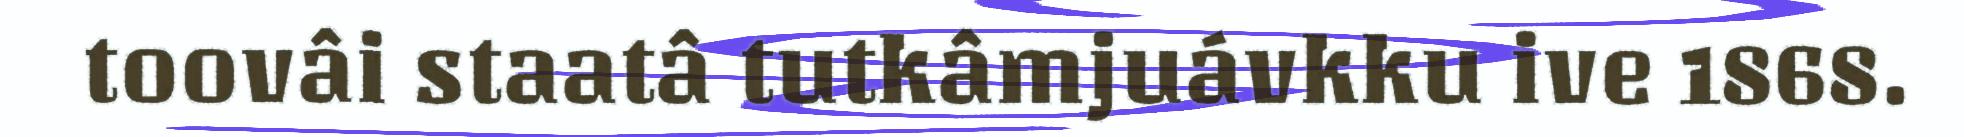
toovâi staatâ tutkâmjuávkku ive 1868.